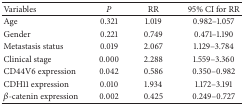
<table><thead><tr><td><b>Variables</b></td><td><b><i>P </i></b></td><td><b>RR</b></td><td><b>95% CI for RR</b></td></tr></thead><tbody><tr><td>Age</td><td>0.321</td><td>1.019</td><td>0.982–1.057</td></tr><tr><td>Gender</td><td>0.221</td><td>0.749</td><td>0.471–1.190</td></tr><tr><td>Metastasis status</td><td>0.019</td><td>2.067</td><td>1.129–3.784</td></tr><tr><td>Clinical stage</td><td>0.000</td><td>2.288</td><td>1.559–3.360</td></tr><tr><td>CD44V6 expression</td><td>0.042</td><td>0.586</td><td>0.350–0.982</td></tr><tr><td>CDH11 expression</td><td>0.010</td><td>1.934</td><td>1.172–3.191</td></tr><tr><td><i>β</i>-catenin expression</td><td>0.002</td><td>0.425</td><td>0.249–0.727</td></tr></tbody></table>